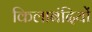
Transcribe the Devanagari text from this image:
किलाबंदियों